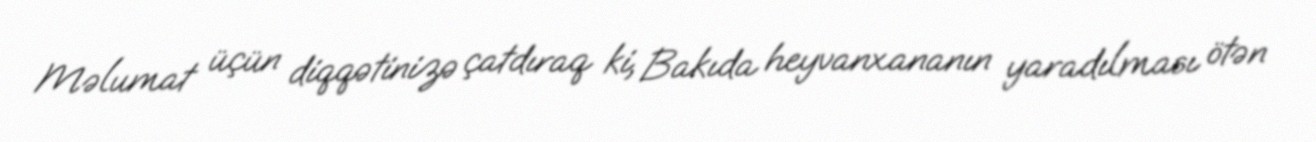
Məlumat üçün diqqətinizə çatdıraq ki, Bakıda heyvanxananın yaradılması ötən